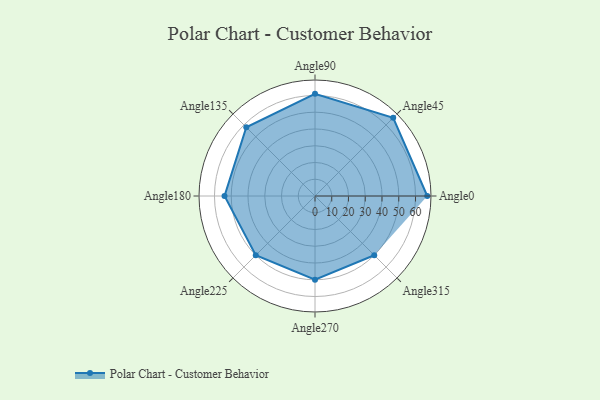
{"axis": {"x": "Angle", "y": "Radius"}, "legend": [""], "data": [{"x": "Angle0", "y": 67.0, "type": ""}, {"x": "Angle45", "y": 66.0, "type": ""}, {"x": "Angle90", "y": 61.0, "type": ""}, {"x": "Angle135", "y": 58.0, "type": ""}, {"x": "Angle180", "y": 54.0, "type": ""}, {"x": "Angle225", "y": 50.0, "type": ""}, {"x": "Angle270", "y": 50, "type": ""}, {"x": "Angle315", "y": 50, "type": ""}]}